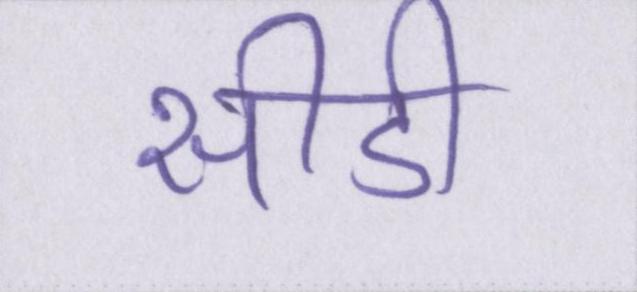
सीडी